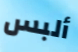
ألبس